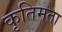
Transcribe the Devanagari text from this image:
कृतिमता